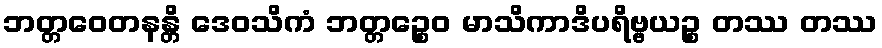
ဘတ္တဝေတနန္တိ ဒေဝသိကံ ဘတ္တဉ္စေဝ မာသိကာဒိပရိဗ္ဗယဉ္စ တဿ တဿ